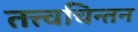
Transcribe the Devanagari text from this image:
तत्त्वचिन्तन